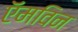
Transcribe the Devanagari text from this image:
ऍमविन